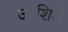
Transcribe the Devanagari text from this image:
उद्देशिले